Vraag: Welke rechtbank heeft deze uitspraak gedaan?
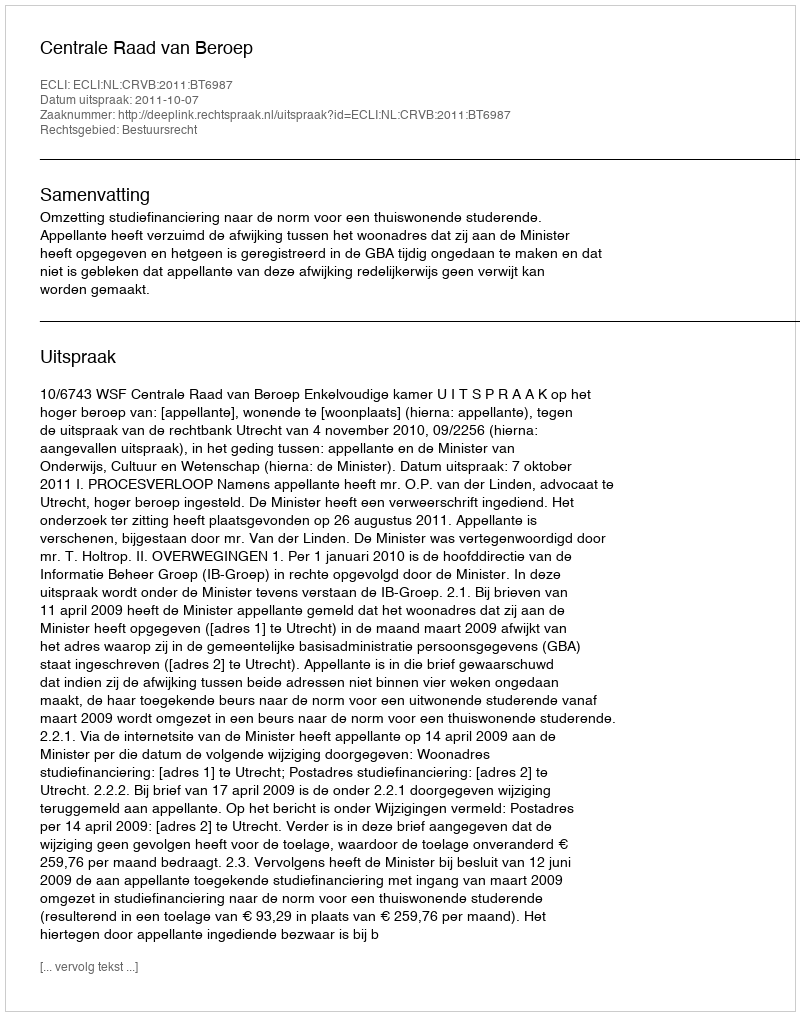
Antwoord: Centrale Raad van Beroep